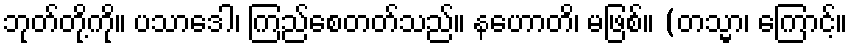
ဘုတ်တို့ကို။ ပသာဒေါ၊ ကြည်စေတတ်သည်။ နဟောတိ၊ မဖြစ်။ (တသ္မာ၊ ကြောင့်။